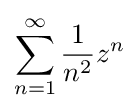
\sum _{n=1}^{\infty }{\frac {1}{n^{2}}}z^{n}